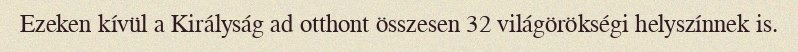
Ezeken kívül a Királyság ad otthont összesen 32 világörökségi helyszínnek is.